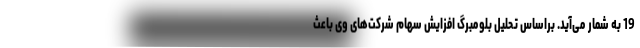
19 به شمار می‌آید. براساس تحلیل بلومبرگ افزایش سهام شرکت‌های وی باعث